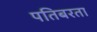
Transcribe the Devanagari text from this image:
पतिबरता